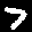
Label: 7